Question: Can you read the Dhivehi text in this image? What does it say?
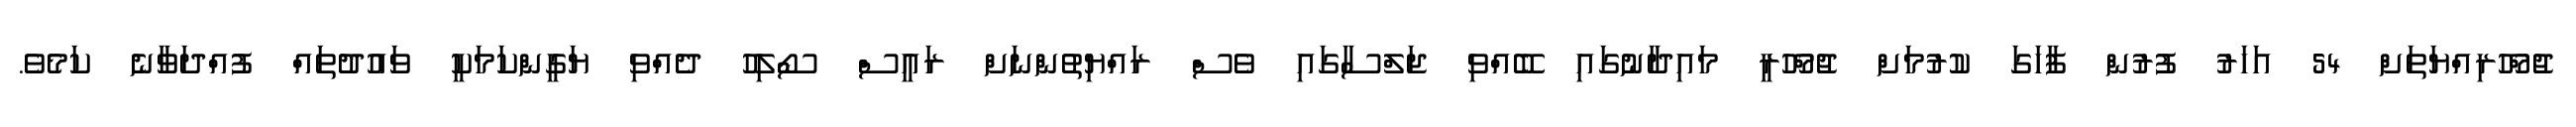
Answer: ޖުމްހޫރިއްޔަތަށް 54 އަހަރު ފުރުން ފާހަގަ ކުރުމަށް ޖުމްހޫރީ މައިދާނުގައި ބޭއްވި ޖަލްސާގައި ވެސް ރައްޔިތުންނަށް ރައީސް ސޯލިހު ދެއްވި ޔަގީންކަމަކީ ވައުދުތައް ފުއްދަވާނެ ކަމެވެ.